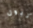
تبول